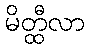
မိတ္ထီလာ